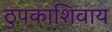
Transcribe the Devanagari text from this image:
ठुपकाशिवाय